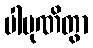
ပါပုဏိတွာ